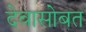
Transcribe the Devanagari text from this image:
देवासोबत